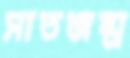
সাতজন্ম